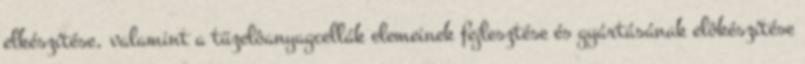
elkészítése, valamint a tüzelôanyagcellák elemeinek fejlesztése és gyártásának elôkészítése